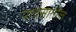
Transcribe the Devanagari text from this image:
पावसातील